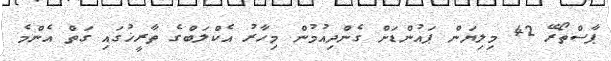
ޕާސްތޯރޭ 42 މިލިޔަން ޕައުންޑަށް ގެންދިއުމުން މިހާރު އެކްލަބްގެ ތާރީޚުގައި ގަތް އެންމެ